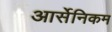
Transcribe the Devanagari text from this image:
आर्सेनिकम